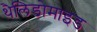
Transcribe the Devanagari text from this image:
थैलिडोमाइड